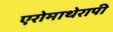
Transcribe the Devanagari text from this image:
एरोमाथेरापी